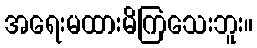
အရေးမထားမိကြသေးဘူး။